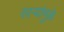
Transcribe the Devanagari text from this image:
साऱ्यांमुळे